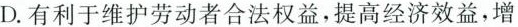
D.有利于维护劳动者合法权益，提高经济效益，增